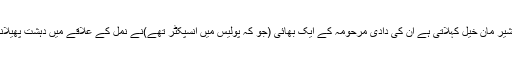
کپتان نیازی قبائل کی جس شاخ سے تعلق رکھتے ہیں وہ شیر مان خیل کہلاتی ہے ان کی دادی مرحومہ کے ایک بھائی (جو کہ پولیس میں انسپکٹر تھے)نے نمل کے علاقے میں دہشت پھیلانے والے خونخوار شیر سے ہاتھا پائی شروع کر دی تھی۔